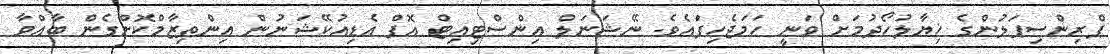
ޕްރިންސިޕަލުންގެ ޚިޔާލުހޯދުމަށް ވަނީ ހަމަޖެހިފައެވެ. ނޭޝަނަލް އިންސްޓިއިޓް އޮފް އެޑިއުކޭޝަނުން އިންތިޒާމްކޮށްގެން ބާއްވާ